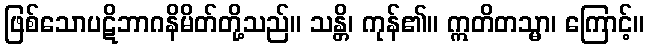
ဖြစ်သောပဋိဘာဂနိမိတ်တို့သည်။ သန္တိ၊ ကုန်၏။ ဣတိတသ္မာ၊ ကြောင့်။